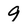
Character: 9